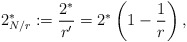
\begin{align*}2_{N/r}^*:=\frac{2^*}{r'}=2^*\left(1-\frac{1}{r}\right),\end{align*}